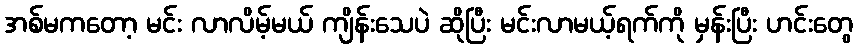
အစ်မကတော့ မင်း လာလိမ့်မယ် ကျိန်းသေပဲ ဆိုပြီး မင်းလာမယ့်ရက်ကို မှန်းပြီး ဟင်းတွေ